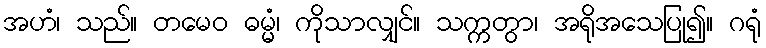
အဟံ၊ သည်။ တမေဝ ဓမ္မံ၊ ကိုသာလျှင်။ သက္ကတွာ၊ အရိုအသေပြု၍။ ဂရုံ